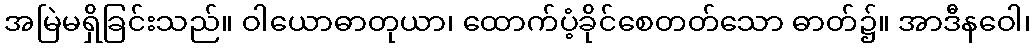
အမြဲမရှိခြင်းသည်။ ဝါယောဓာတုယာ၊ ထောက်ပံ့ခိုင်စေတတ်သော ဓာတ်၌။ အာဒီနဝေါ၊